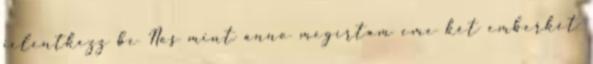
jelentkezz be Nos mint anno megírtam eme két emberkét